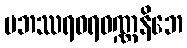
ပဘဿရဝရဝဏ္ဏနိဘေ